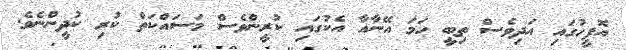
އޮފީހުގައި އަދިވެސް ތިބީ ހަމަ އޭނާއާ އެކުގައި ކުރީންވެސް މަސައްކަތް ކުރި ކުދީންނެވެ.